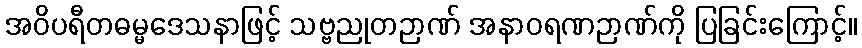
အဝိပရီတဓမ္မဒေသနာဖြင့် သဗ္ဗညုတဉာဏ် အနာဝရဏဉာဏ်ကို ပြခြင်းကြောင့်။